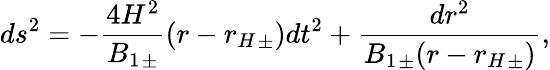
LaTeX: ds^{2}=-\frac{4H^{2}}{{B_{1}}_{\pm}}(r-{r_{H}}_{\pm})dt^{2}+\frac{dr^{2}}{{B_{1}}_{\pm}(r-{r_{H}}_{\pm})},